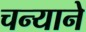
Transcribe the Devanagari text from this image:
चन्याने